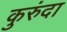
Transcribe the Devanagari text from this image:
कुरुंदा